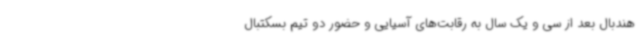
هندبال بعد از سی و یک سال به رقابت‌های آسیایی و حضور دو تیم بسکتبال